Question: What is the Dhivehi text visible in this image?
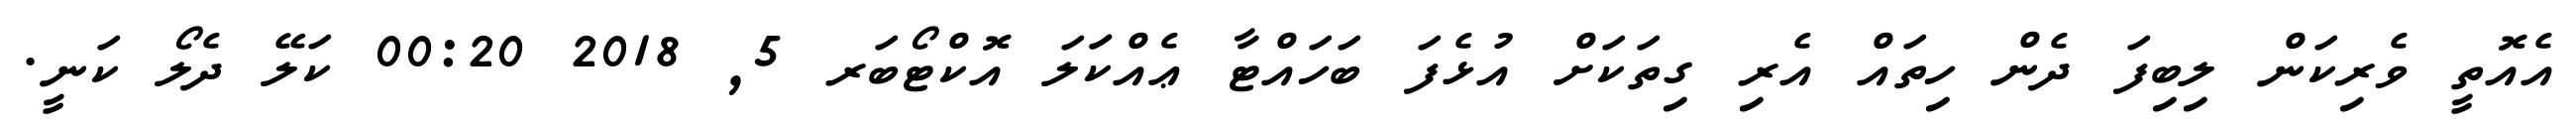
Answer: އެއޮތީ ވެރިކަން ލިބިފަ ދެން ހިތައް އެރި ގިތަކަށް އުޅެފަ ބަހައްޓާ ޢެއްކަަލަ އޮކްޓޯބަރ 5, 2018 00:20 ކަލޭ ދެލޯ ކަނީ.